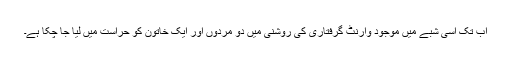
اب تک اِسی شبے میں موجود وارنٹ گرفتاری کی روشنی میں دو مردوں اور ایک خاتون کو حراست میں لیا جا چکا ہے۔